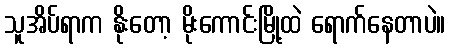
သူအိပ်ရာက နိုးတော့ မိုးကောင်းမြို့ထဲ ရောက်နေတာပဲ။